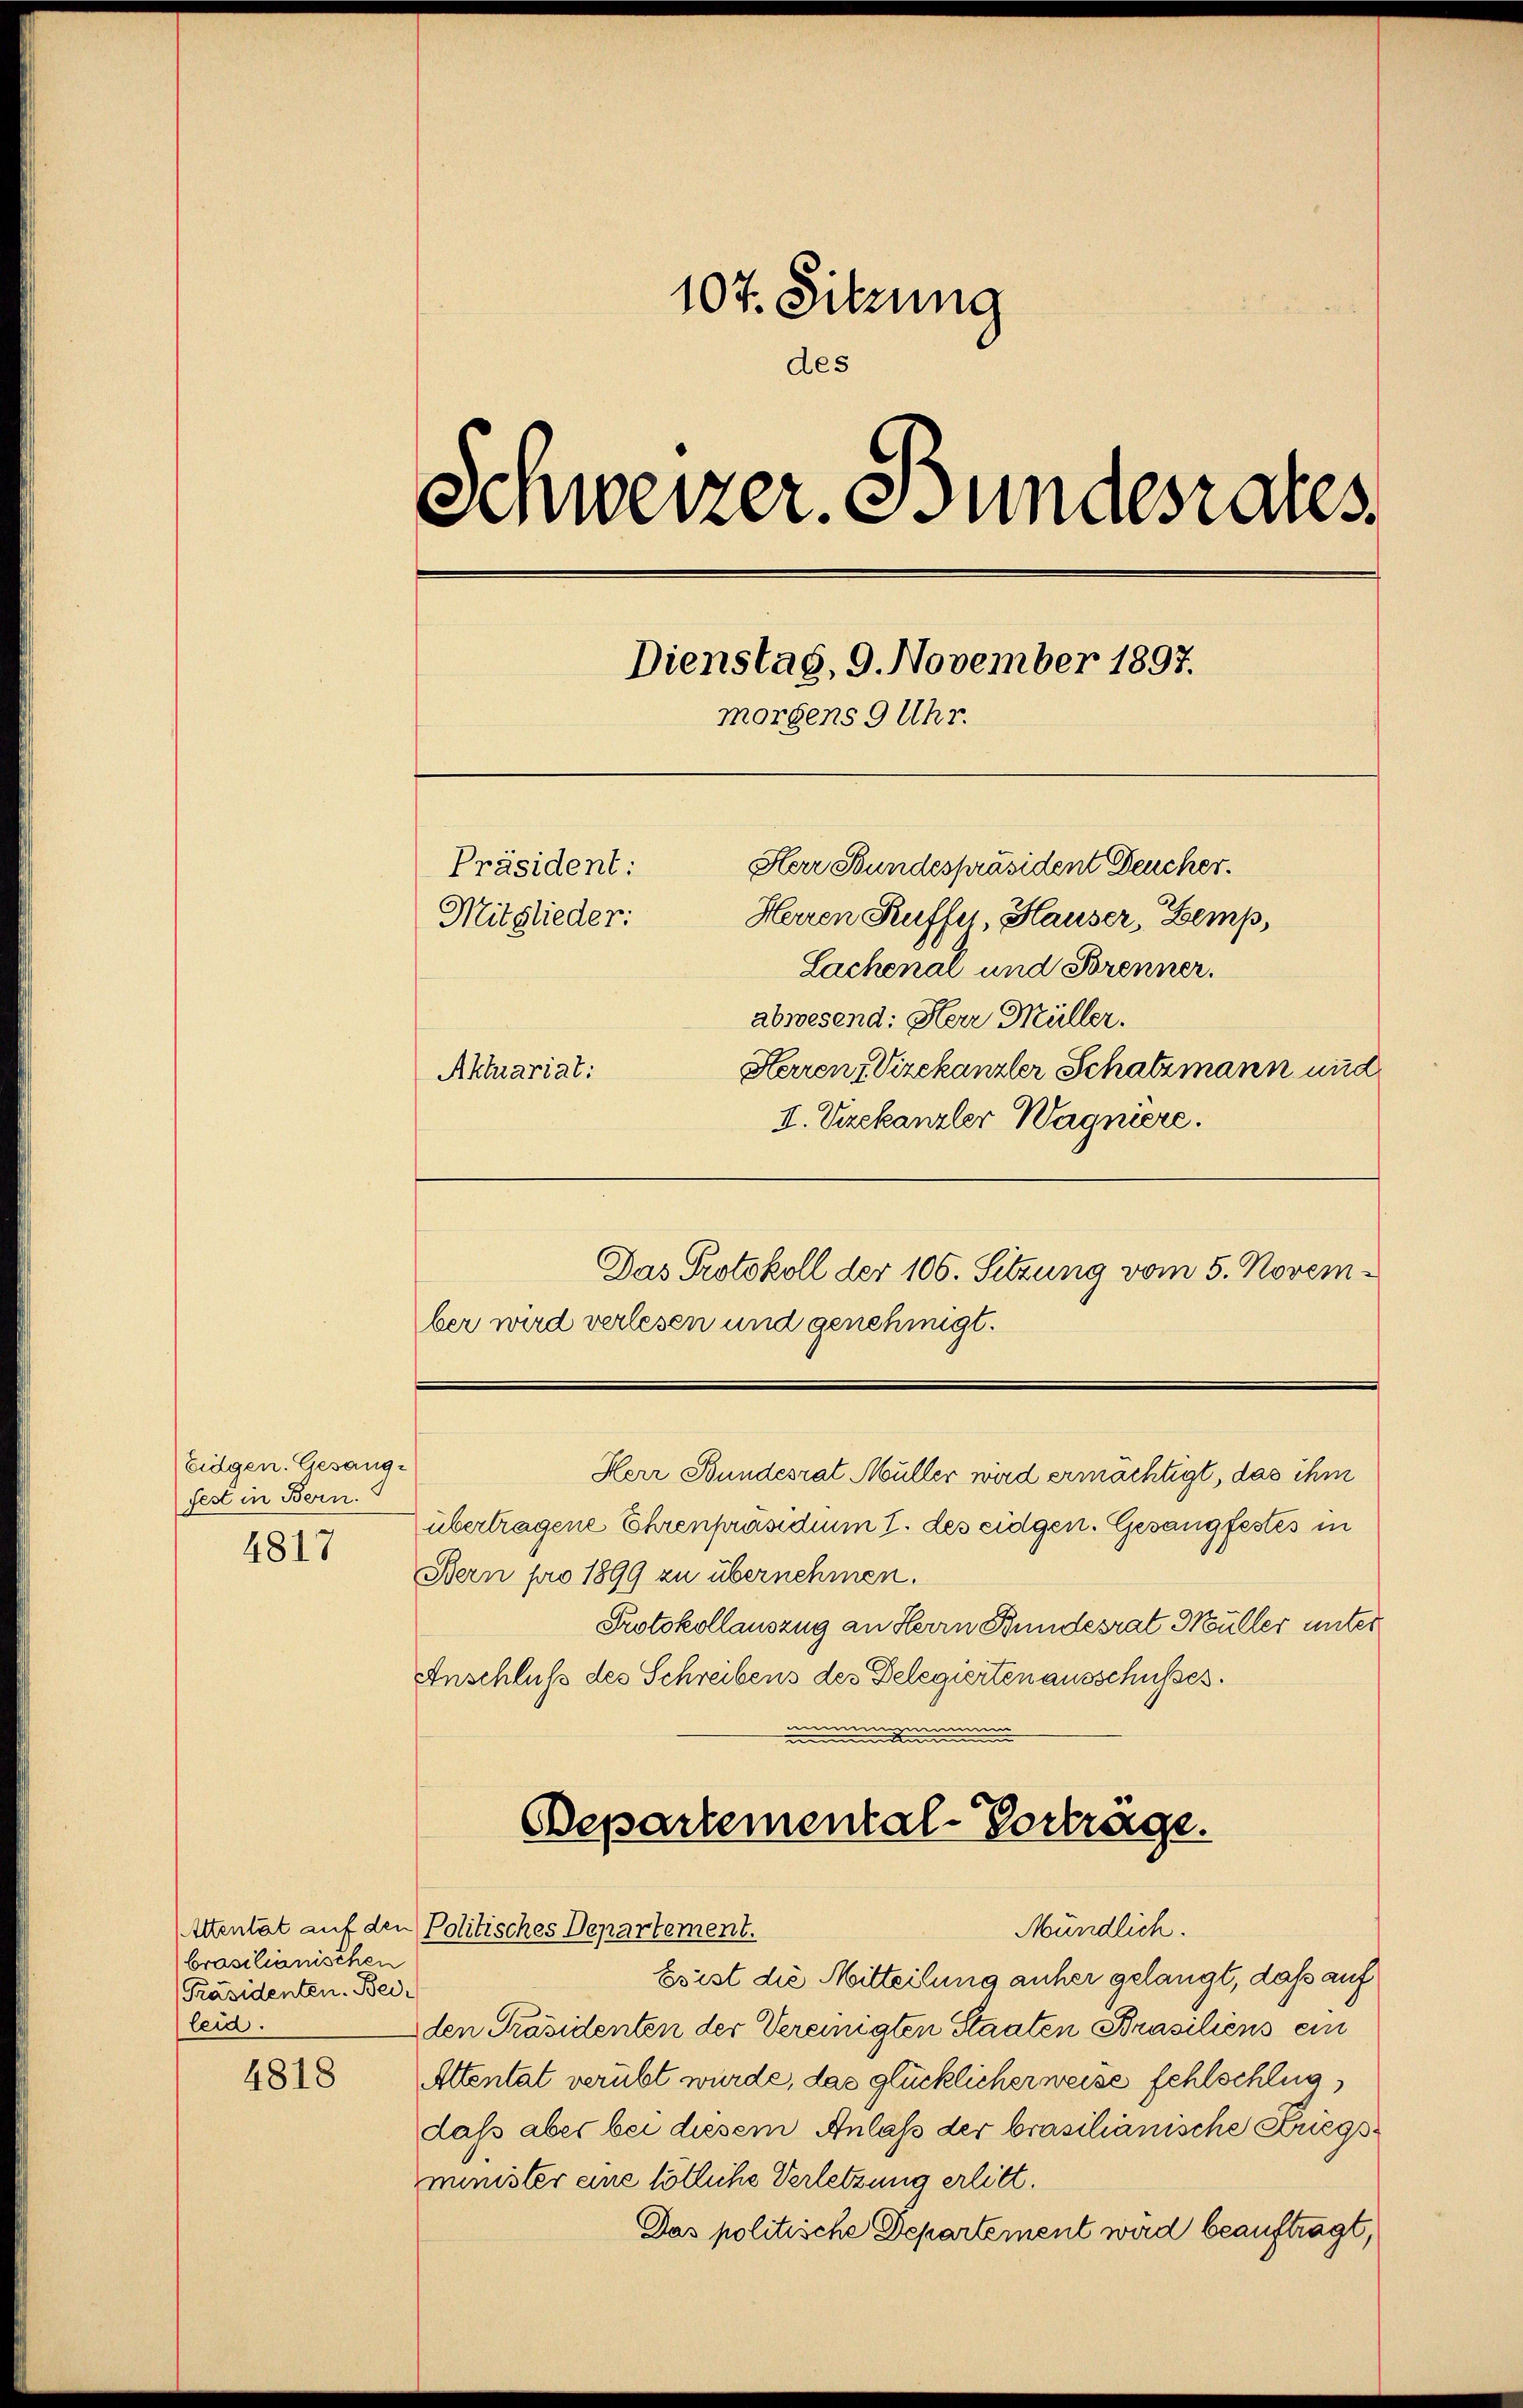
Eidgen. Gesang.
fest in Bern.
4817

brasilianischen
[Präsidenten. Beileid.

4818

107. Sitzung
des
Schweizer. Bundesrates
Dienstag, 9. November 1897.
morgens 9 Uhr.
Herr Bundespräsident Deucher.
Präsident:
Herren Kuffer, Hauser, Zemp,
Mitglieder:
Lachenal und Brenner.

Aktuariat:

abwesend: Herr Müller.
Herren, Vizekanzler Schatzmann und
II. Vizekanzler Wagniere.
Das Protokoll der 106. Sitzung vom 5. November wird verlesen und genehmigt.
Herr Bundesrat Müller wird ermächtigt, das ihm
übertragene Ehrenpräsidium I. des eidgen. Gesangfestes in
Bern pro 1899 zu übernehmen.
Protokollauszug an Herrn Bundesrat Müller unter
Anschluß des Schreibens des Delegierten ausschusses.
mu
nimum
Bepartemental-Vortrage.
Altentät auf den Politisches Departement.
Mündlich.
Esist die Mitteilung anher gelangt, daß auf
den Präsidenten der Vereinigten Staaten Brasiliens ein
Attentat verübt wurde, das glücklicher weise fehlschlug,
dass aber bei diesem Anlaß der brasilianische Kriegsminister eine lötliche Verletzung erlitt.
Das politische Departement wird beauftragt,